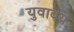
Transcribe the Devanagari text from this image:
युवावय